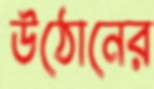
উঠোনের